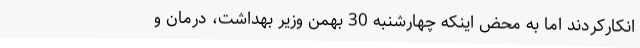
انکارکردند اما به محض اینکه چهارشنبه 30 بهمن وزیر بهداشت، درمان و